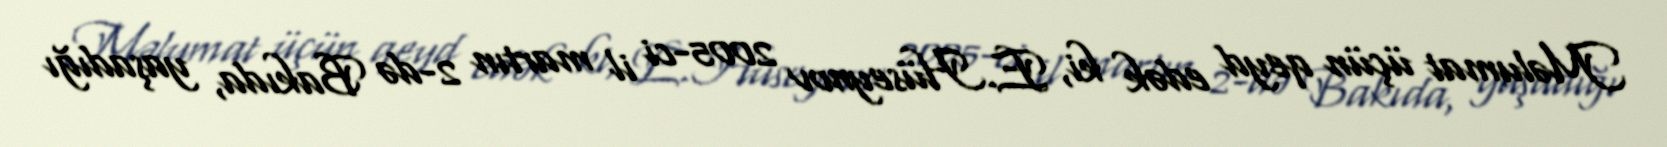
Məlumat üçün qeyd edək ki, E.Hüseynov 2005-ci il martın 2-də Bakıda, yaşadığı